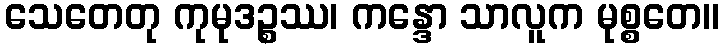
သေတေတု ကုမုဒဉ္စဿ၊ ကန္ဒော သာလူက မုစ္စတေ။